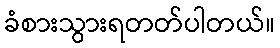
ခံစားသွားရတတ်ပါတယ်။